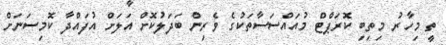
ތީ މިހާރު މިތިބި ކޮރަޕްޓް މުއައްސަސާތަކުގެ ވެރިން ބަދަލުކޮށް އަލަށް އުފައްދާ ކޮމިސަނަށް